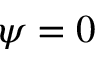
\psi = 0